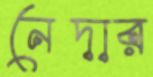
নেদার